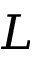
L